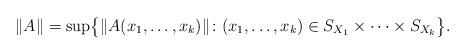
LaTeX: \begin{align*}\|A\| = \sup \bigl\{ \|A(x_1, \ldots, x_k) \| \colon (x_1, \ldots, x_k) \in S_{X_1} \times \cdots \times S_{X_k} \bigr\}.\end{align*}